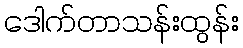
ဒေါက်တာသန်းထွန်း